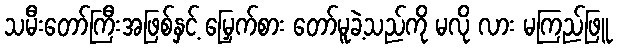
သမီးတော်ကြီးအဖြစ်နှင့် မြှေက်စား တော်မူခဲ့သည်ကို မလို လား မကြည်ဖြူ